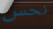
نحس